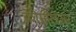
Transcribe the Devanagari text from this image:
क्रीमीलेअर